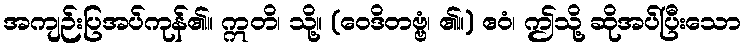
အကျဉ်းပြအပ်ကုန်၏။ ဣတိ၊ သို့။ (ဝေဒိတဗ္ဗံ၊ ၏။) ဧဝံ၊ ဤသို့ ဆိုအပ်ပြီးသော